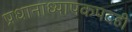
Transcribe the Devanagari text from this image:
प्रधानाध्यापकपदही